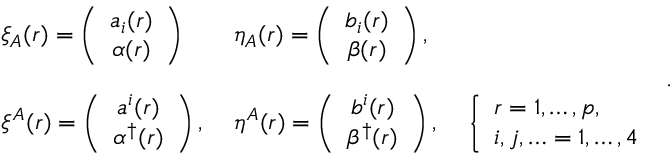
\begin{array} { l l l } { { \xi _ { A } ( r ) = \left( \begin{array} { c } { { a _ { i } ( r ) } } \\ { { \alpha ( r ) } } \end{array} \right) \, \; } } & { { \eta _ { A } ( r ) = \left( \begin{array} { c } { { b _ { i } ( r ) } } \\ { { \beta ( r ) } } \end{array} \right) , } } & { { } } \\ { { } } & { { } } & { { } } \\ { { \xi ^ { A } ( r ) = \left( \begin{array} { c } { { a ^ { i } ( r ) } } \\ { { \alpha ^ { \dag } ( r ) } } \end{array} \right) , \; } } & { { \eta ^ { A } ( r ) = \left( \begin{array} { c } { { b ^ { i } ( r ) } } \\ { { \beta ^ { \dag } ( r ) } } \end{array} \right) , \; } } & { { \left\{ \begin{array} { l } { { r = 1 , \ldots , p , } } \\ { { i , j , \ldots = 1 , \ldots , 4 } } \end{array} \right. } } \end{array} .